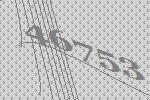
46753